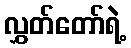
လွှတ်တော်ရဲ့